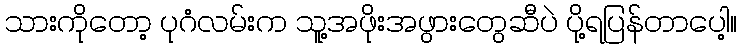
သားကိုတော့ ပုဂံလမ်းက သူ့အဖိုးအဖွားတွေဆီပဲ ပို့ရပြန်တာပေါ့။